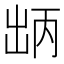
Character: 𫥤